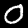
Label: 0